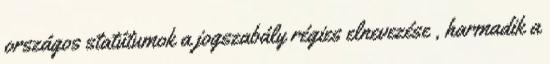
országos statútumok a jogszabály régies elnevezése , harmadik a